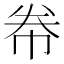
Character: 帣